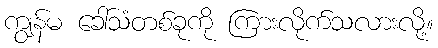
ကျွန်မ ခေါ်သံတစ်ခုကို ကြားလိုက်သလားလို့။